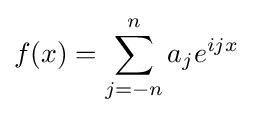
f(x)=\sum _{j=-n}^{n}a_{j}e^{ijx}